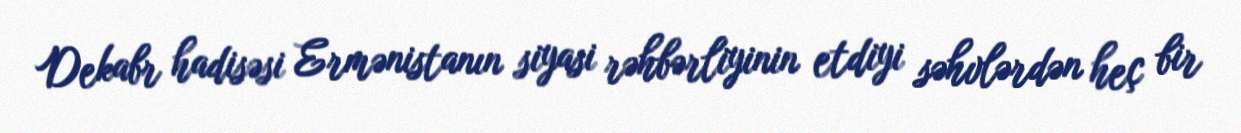
Dekabr hadisəsi Ermənistanın siyasi rəhbərliyinin etdiyi səhvlərdən heç bir